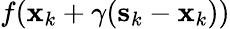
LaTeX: f(\mathbf{x}_{k}+\gamma(\mathbf{s}_{k}-\mathbf{x}_{k}))